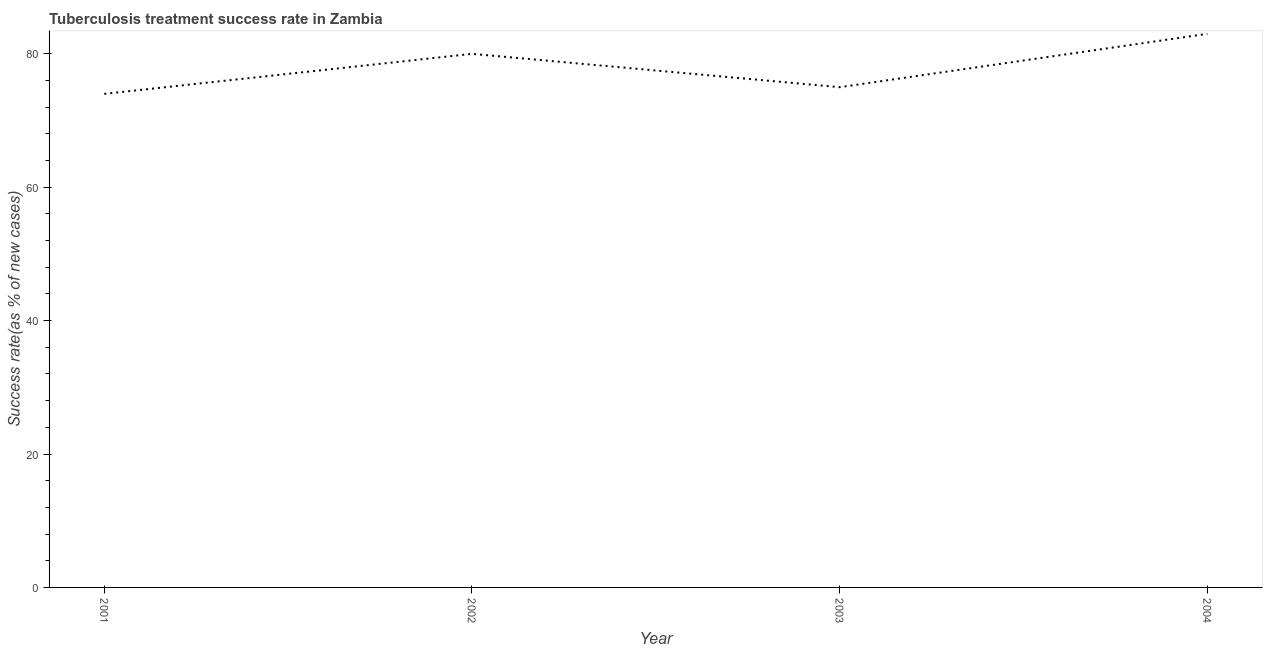
| Year | Tuberculosis treatment success rate |
 | --- | --- |
 | 2001 | 74 |
 | 2002 | 80 |
 | 2003 | 75 |
 | 2004 | 83 |